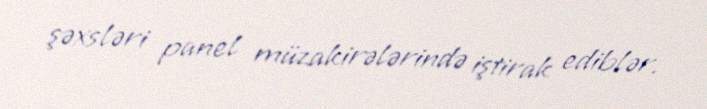
şəxsləri panel müzakirələrində iştirak ediblər.